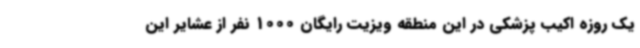
یک روزه اکیب پزشکی در این منطقه ویزیت رایگان 1000 نفر از عشایر این